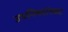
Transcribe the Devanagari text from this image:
उपनिषदांसकट